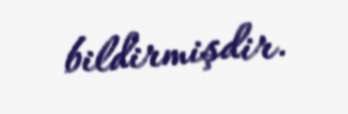
bildirmişdir.